Calcutta medical institutions reports 1871-78
Year: 1871
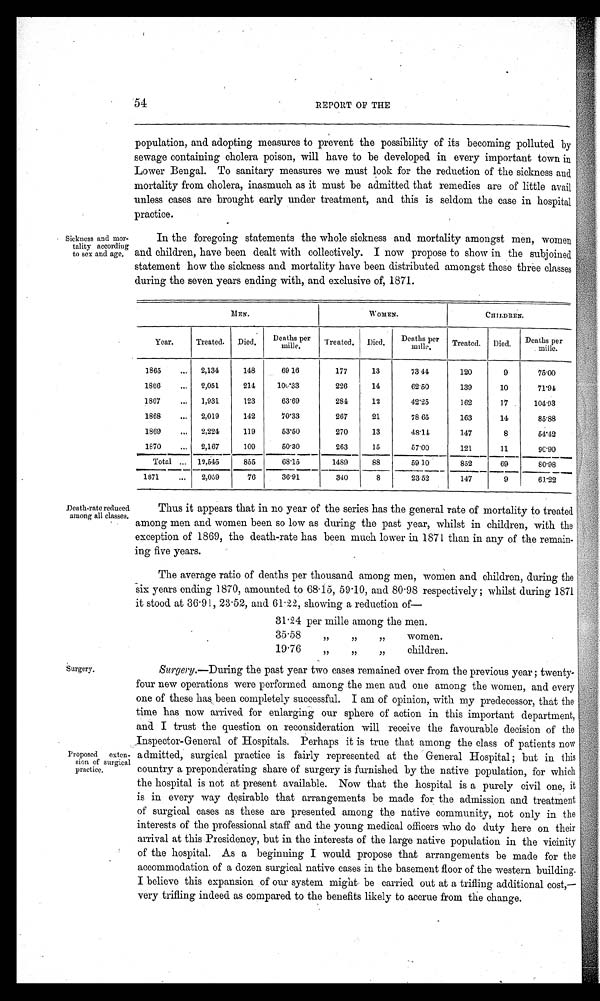
Surgery.
Proposed exten
sion of surgical
practice.
54
REPORT OF THE
Sickness and mor
tality according
to sex and age.
Death rate reduced
among all classes.
population, and adopting measures to prevent the possibility of its becoming polluted by
sewage containing cholera poison, will have to be developed in every important town in
Lower Bengal. To sanitary measures we must look for the reduction of the sickness and
mortality from cholera, inasmuch as it must be admitted that remedies are of little avail
unless cases are brought early under treatment, and this is seldom the case in hospital
practice.
In the foregoing statements the whole sickness and mortality amongst men, women
and children, have been dealt with collectively. I now propose to show in the subjoined
statement how the sickness and mortality have been distributed amongst these three classes
during the seven years ending with, and exclusive of, 1871.
MEN.
WOMEN.
CHILDREN.
Year.
Treated. Died.
Deaths per
mille.
Treated. Died.
Deaths per
mille
Treated. Died.
Deat hs per
mile.
1865
... 2,134
148
69 16
177
13
73 44
120
9
75.00
1866
... 2,051
214
100.33
226
14
62.50
139
10
71.94
1867
... 1,931
123
63.69
284
12
42.25
162
17
104.93
1868
... 2,019
142
70.33
267
21
78 65
163
14
85.88
1869
... 2,224
119
53.50
270
13
48.14
147
8
54.42
1870
... 2,167
109
50.30
263
15
57.00
121
11
90.90
Total ... 12,545
855
68.15
14.89
88
59 10
852
69
80.98
1871
... 2,059
76
36.91
340
8
23 52
147
9
61.22
Thus it appears that in no year of the series has the general rate of mortality to treated
among men and women been so low as during the past year, whilst in children, with the
exception of 1869, the death-rate has been much lower in 1871 than in any of the remain-
ing five years.
The average ratio of deaths per thousand among men, women and children, during the
six years ending 1870, amounted to 68.15, 59.10, and 80.98 respectively ; whilst during 1871
it stood at 36.91, 23.52, and 61.22, showing a reduction of—
31.24 per mille among the men.
35.58
,,
,,
,,
women.
19.76
,,
,,
,,
children.
Surgery.—During the past year two cases remained over from the previous year ; twenty-
four new operations were performed among the men and one among the women, and every
one of these has been completely successful. I am of opinion, with my predecessor, that the ;
time has now arrived for enlarging our sphere of action in this important department,
and I trust the question on reconsideration will receive the favourable decision of the
Inspector-General of Hospitals. Perhaps it is true that among the class of patients now
admitted, surgical practice is fairly represented at the General Hospital ; but in this
country a preponderating share of surgery is furnished by the native population, for which
the hospital is not at present available. Now that the hospital is a purely civil one, it
is in every way desirable that arrangements be made for the admission and treatment
of surgical cases as these are presented among the native community, not only in the
interests of the professional staff and the young medical officers who do duty here on their
arrival at this Presidency, but in the interests of the large native population in the vicinity
of the hospital. As a beginning I would propose that arrangements be made for the
accommodation of a dozen surgical native cases in the basement floor of the western building.
I believe this expansion of our system might be carried out at a trifling additional cost,—
very trifling indeed as compared to the benefits likely to accrue from the change.